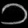
Digit: ၁